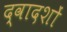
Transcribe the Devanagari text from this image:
द्वादशों